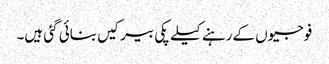
فوجیوں کےرہنے کیلے پکی بیرکیں بنائی گئی ہیں۔